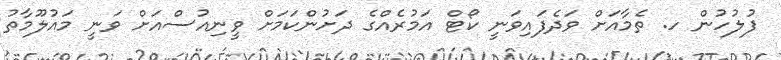
ފުލުހުން ހ. ތެމާއަށް ވަދެފައިވަނީ ކޯޓް އަމުރެއްގެ ދަށުންކަމަށް ވީނިއުސްއަށް ވަނީ މައުލޫމާތު